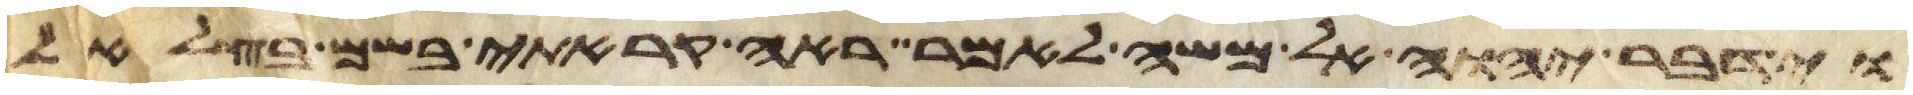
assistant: וידבר יהוה אל משה לאמר ראה קראתי בשם בצלאל